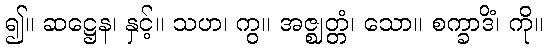
၍။ ဆဋ္ဌေန၊ နှင့်။ သဟ၊ ကွ။ အဇ္ဈတ္တံ၊ သော။ စက္ခာဒိံ၊ ကို။